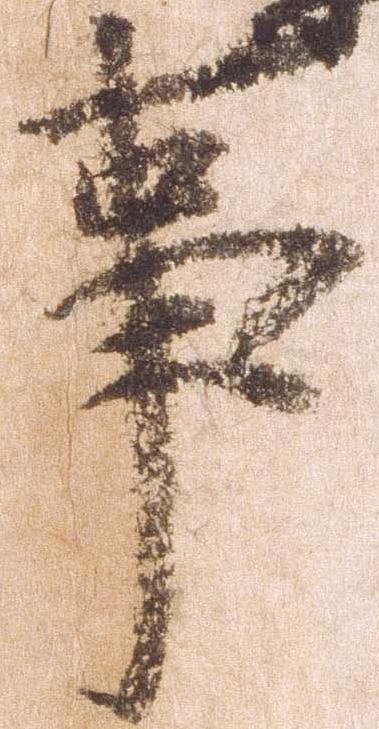
事